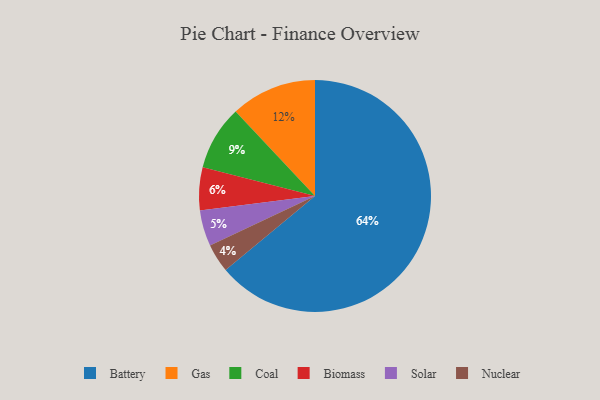
{"axis": {"x": "Category", "y": "Percentage"}, "legend": ["Battery", "Biomass", "Coal", "Gas", "Nuclear", "Solar"], "data": [{"x": "Solar", "y": 5, "type": "Solar"}, {"x": "Battery", "y": 64, "type": "Battery"}, {"x": "Gas", "y": 12, "type": "Gas"}, {"x": "Nuclear", "y": 4, "type": "Nuclear"}, {"x": "Coal", "y": 9, "type": "Coal"}, {"x": "Biomass", "y": 6, "type": "Biomass"}]}